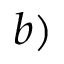
b )